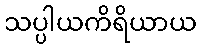
သပ္ပါယကိရိယာယ